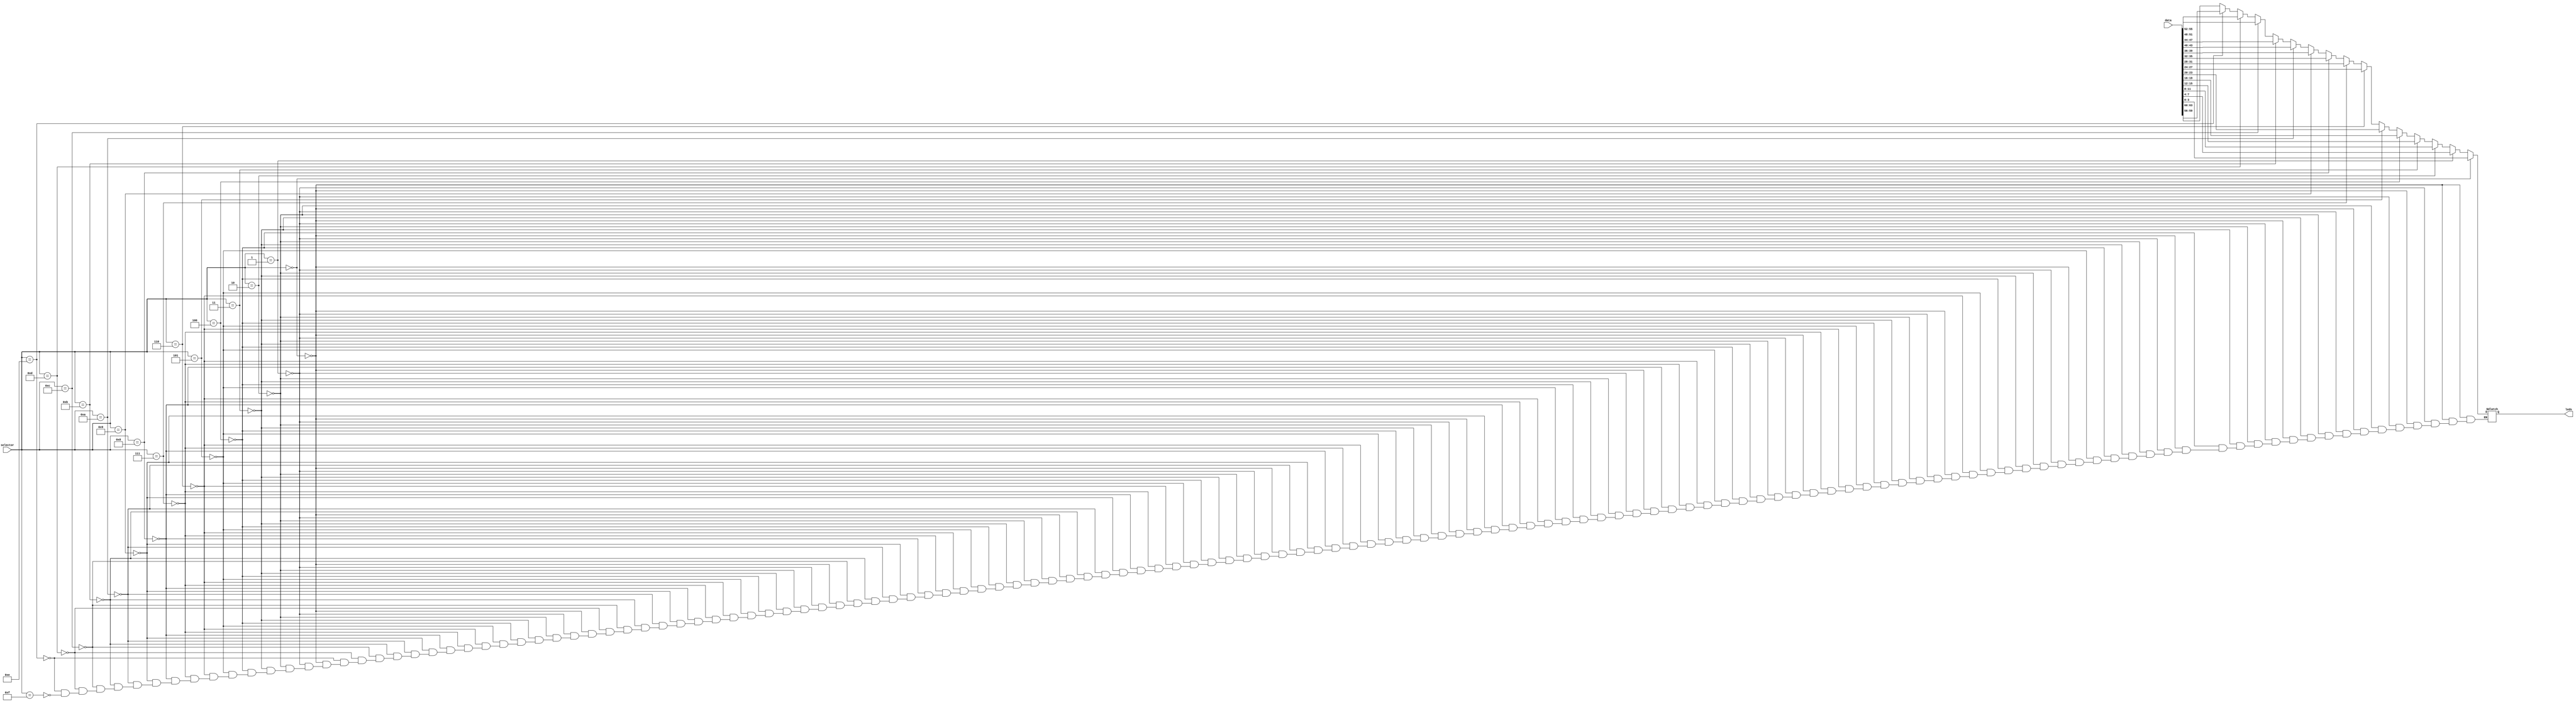
`timescale 1ns / 1ps

module dispModule (
 input [3:0] selector,
 input [63:0] data,
 output reg [3:0] leds
);
    
  //  reg [63:0] data = 64'hFEDCBA9876543210;

always @* begin
      if(selector == 4'b0000)
        leds = data[3:0];
      else if(selector == 4'b0001)
        leds = data[7:4];
      else if(selector == 4'b0010)
        leds = data[11:8];
      else if(selector == 4'b0011)
        leds = data[15:12];
      else if(selector == 4'b0100)
        leds = data[19:16];
      else if(selector == 4'b0101)
        leds = data[23:20];
      else if(selector == 4'b0110)
        leds = data[27:24];
      else if(selector == 4'b0111)
        leds = data[31:28];
      else if(selector == 4'b1000)
        leds = data[35:32];
      else if(selector == 4'b1001)
        leds = data[39:36];
      else if(selector == 4'b1010)
        leds = data[43:40];
      else if(selector == 4'b1011)
        leds = data[47:44];
      else if(selector == 4'b1100)
        leds = data[51:48];
      else if(selector == 4'b1101)
        leds = data[55:52];
      else if(selector == 4'b1110)
        leds = data[59:56];
      else if(selector == 4'b1111)
        leds = data[63:60];
end
    
endmodule